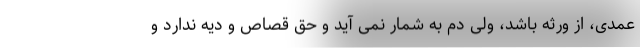
عمدی، از ورثه باشد، ولی دم به شمار نمی آید و حق قصاص و دیه ندارد و